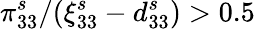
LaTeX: \pi_{33}^{s}/(\xi_{33}^{s}-d_{33}^{s})>0.5